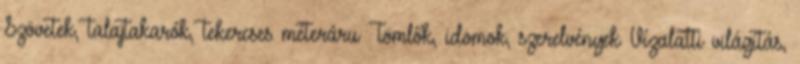
Szövetek, talajtakarók, tekercses méteráru Tömlők, idomok, szerelvények Vízalatti világítás,